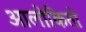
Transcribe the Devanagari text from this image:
आलोकितो